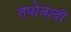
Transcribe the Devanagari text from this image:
तपोवादी